Statistical return of the lunatic asylum in Assam - 1912-1932
Year: 1912
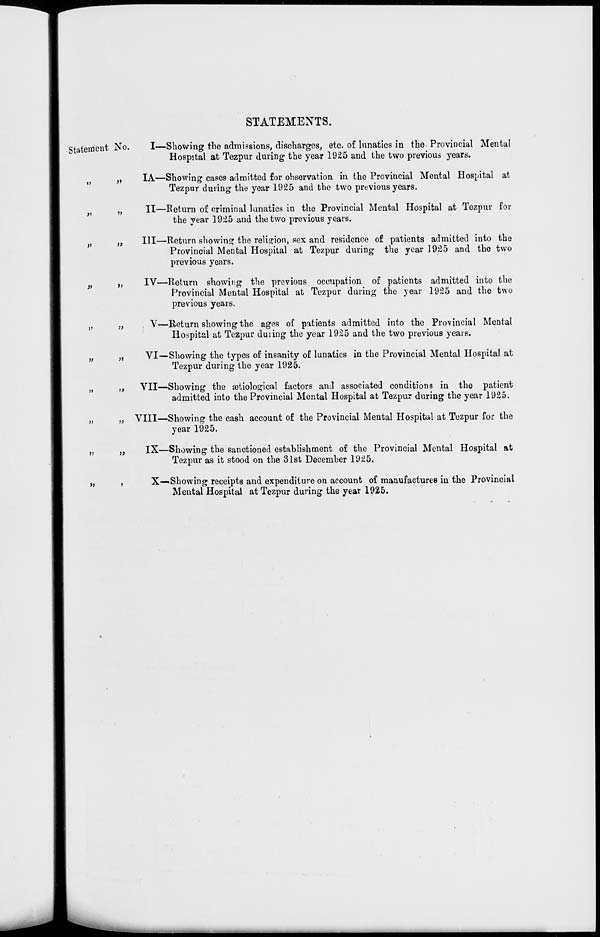
STATEMENTS.
Statement No.
»>
:>
>t
>>
»>
a
})
>)
M
)>
)>
))
t)
I—Showing the admissions, discharges, etc. of lunatics in the Provincial Mental
Hospital at Tezpur during the year 1925 and the two previous years.
IA—Showing cases admitted for observation in the Provincial Mental Hospital at
Tezpur during the year 1925 and the two previous years.
II—Return of criminal lunatics in the Provincial Mental Hospital at Tezpur for
the year 1925 and the two previous years.
Ill—Return showing the religion, sex and residence of patients admitted into the
Provincial Mental Hospital at Tezpur during the year 1925 and the two
previous years.
IV—Return showing the previous occupation of patients admitted into the
Provincial Mental Hospital at Tezpur during the year 1925 and the two
previous years.
V—Return showing the ages of patients admitted into the Provincial Mental
Hospital at Tezpur duiing the year 1925 and the two previous years.
VI—Showing the types of insanity of lunatics in the Provincial Mental Hospital at
Tezpur during the year 1925.
VII—Showing the aitiological factors and associated conditions in the patient
admitted into the Provincial Mental Hospital at Tezpur during the year 1925.
VIII—Showing the cash account of the Provincial Mental Hospital at Tezpur for the
year 1925.
IX—Showing the sanctioned establishment of the Provincial Mental Hospital at
Tezpur as it stood on the 31st December 1925.
X—Showing receipts and expenditure on account of manufactures in the Provincial
Mental Hospital at Tezpur during the year 1925.